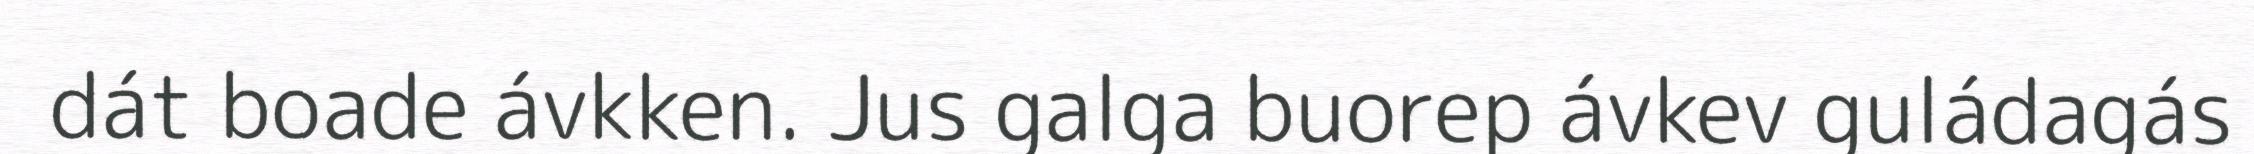
dát boade ávkken. Jus galga buorep ávkev guládagás